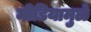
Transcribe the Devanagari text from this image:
मीडियामुळे